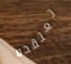
تعتقده